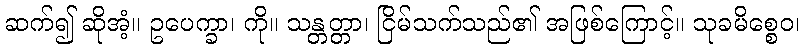
ဆက်၍ ဆိုအံ့။ ဥပေက္ခာ၊ ကို။ သန္တတ္တာ၊ ငြိမ်သက်သည်၏ အဖြစ်ကြောင့်။ သုခမိစ္စေဝ၊